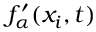
f _ { \alpha } ^ { \prime } ( x _ { i } , t )